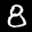
Label: 8